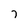
Character: 7